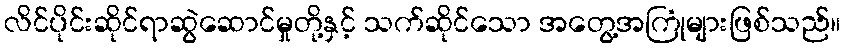
လိင်ပိုင်းဆိုင်ရာဆွဲဆောင်မှုတို့နှင့် သက်ဆိုင်သော အတွေ့အကြုံများဖြစ်သည်။